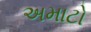
અમાટો